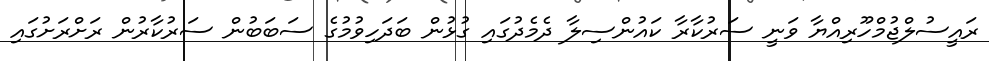
ރައީސުލްޖުމްހޫރިއްޔާ ވަނީ ސަރުކާރާ ކައުންސިލާ ދެމެދުގައި ގުޅުން ބަދަހިވުމުގެ ސަބަބުން ސަރުކާރުން ރަށްރަށުގައި